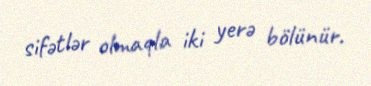
sifətlər olmaqla iki yerə bölünür.